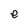
Character: e